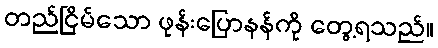
တည်ငြိမ်သော ဖုန်းပြောနန်ကို တွေ့ရသည်။